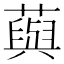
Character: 藇